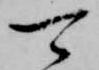
可